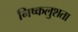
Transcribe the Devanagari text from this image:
निष्कलुशता